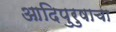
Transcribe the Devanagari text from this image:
आदिपुरुषाचा